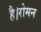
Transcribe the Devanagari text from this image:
है।रोमन